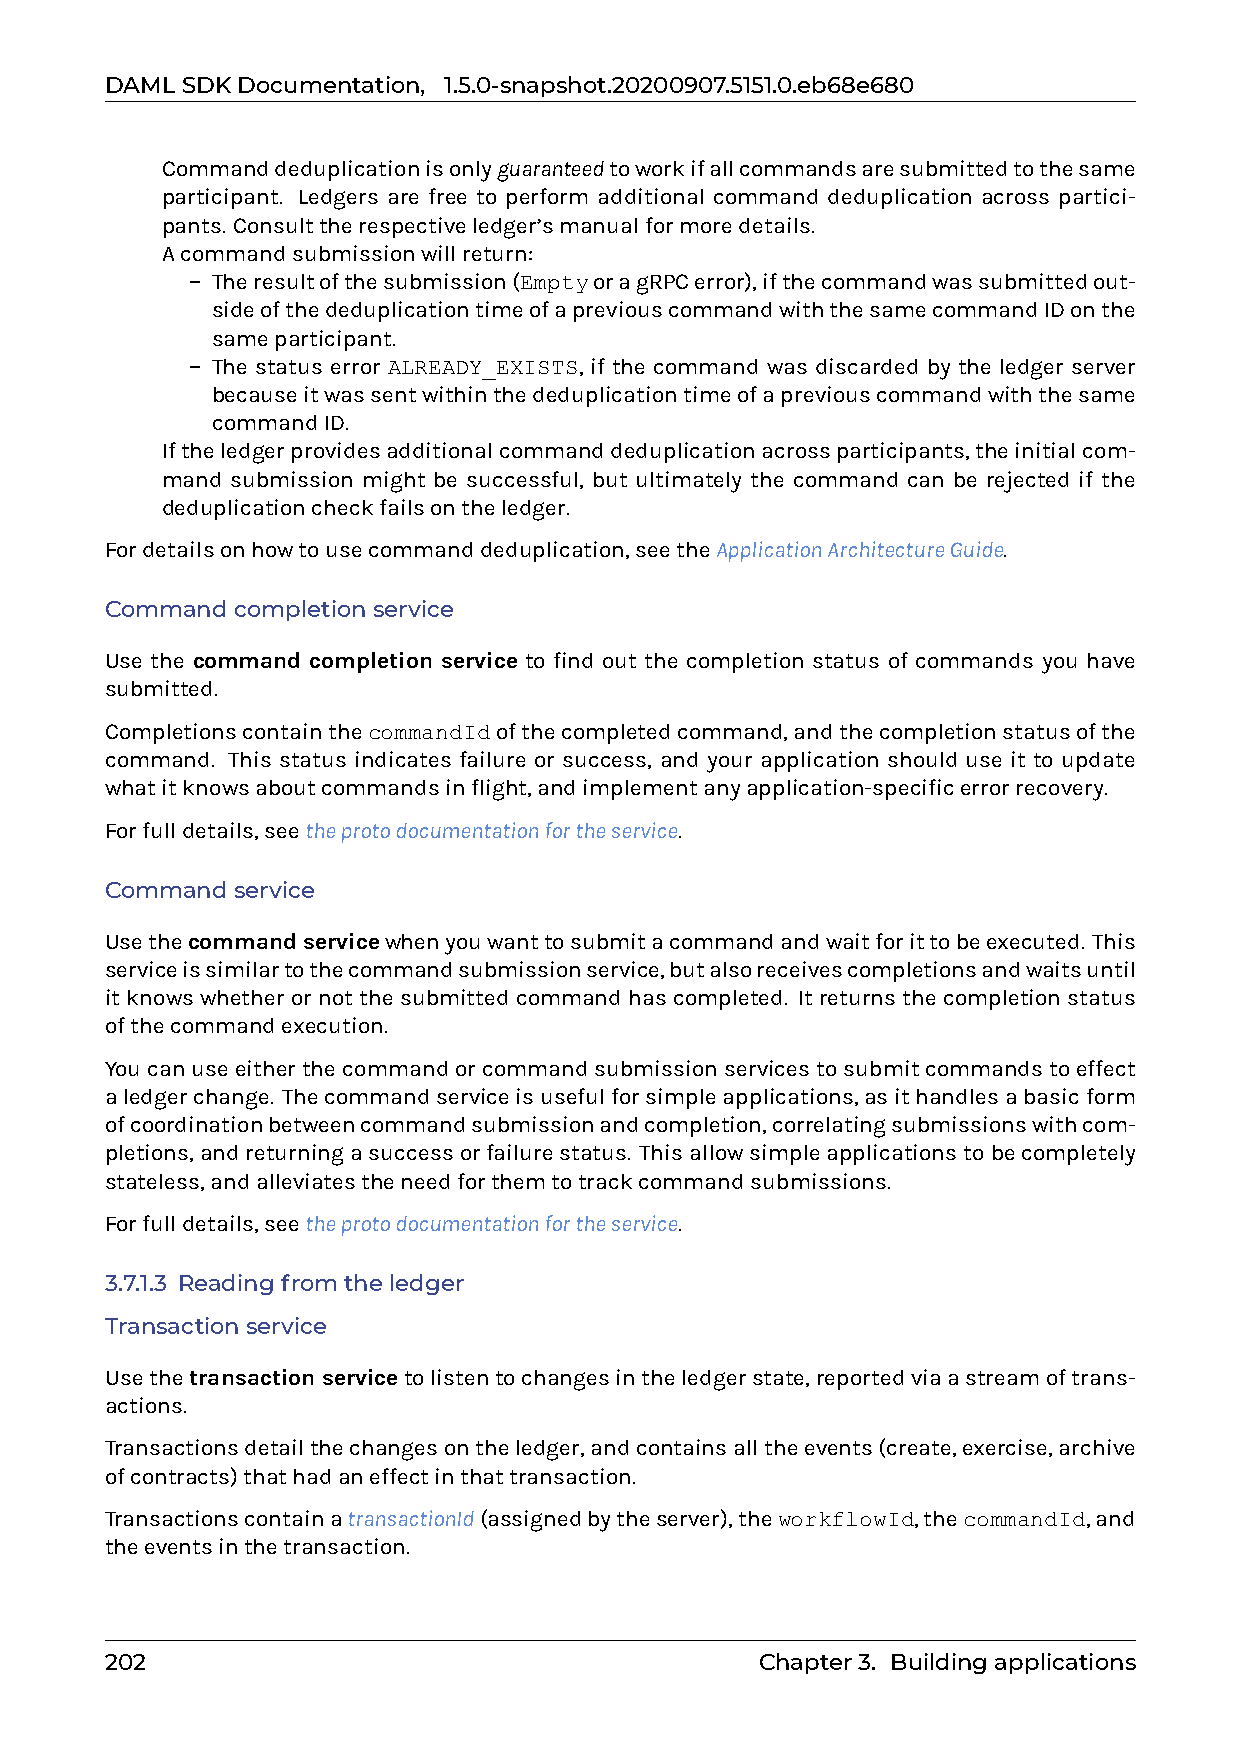
DAMLSDKDocumentation, 1.5.0-snapshot.20200907.5151.0.eb68e680
 0 Commanddeduplicationisonlyguaranteedtoworkifallcommandsaresubmittedtothesame
 participant. Ledgers are free to perform additional command deduplication across partici-
 pants. Consulttherespectiveledger’smanualformoredetails.
 0 Acommandsubmissionwillreturn:
 – Theresultofthesubmission(EmptyoragRPCerror),ifthecommandwassubmittedout-
 sideofthededuplicationtimeofapreviouscommandwiththesamecommandIDonthe
 sameparticipant.
 – The status error ALREADY_EXISTS, if the command was discarded by the ledger server
 becauseitwassentwithinthededuplicationtimeofapreviouscommandwiththesame
 commandID.
 0 Iftheledgerprovidesadditionalcommanddeduplicationacrossparticipants,theinitialcom-
 mand submission might be successful, but ultimately the command can be rejected if the
 deduplicationcheckfailsontheledger.
 Fordetailsonhowtousecommanddeduplication,seetheApplicationArchitectureGuide.
 Commandcompletionservice
 Use the command completion service to find out the completion status of commands you have
 submitted.
 CompletionscontainthecommandIdofthecompletedcommand,andthecompletionstatusofthe
 command. This status indicates failure or success, and your application should use it to update
 whatitknowsaboutcommandsinflight,andimplementanyapplication-specificerrorrecovery.
 Forfulldetails,seetheprotodocumentationfortheservice.
 Commandservice
 Usethecommandservicewhenyouwanttosubmitacommandandwaitforittobeexecuted. This
 serviceissimilartothecommandsubmissionservice,butalsoreceivescompletionsandwaitsuntil
 it knows whether or not the submitted command has completed. It returns the completion status
 ofthecommandexecution.
 Youcanuseeitherthecommandorcommandsubmissionservicestosubmitcommandstoeffect
 aledgerchange. Thecommandserviceisusefulforsimpleapplications,asithandlesabasicform
 ofcoordinationbetweencommandsubmissionandcompletion,correlatingsubmissionswithcom-
 pletions,andreturningasuccessorfailurestatus. Thisallowsimpleapplicationstobecompletely
 stateless,andalleviatestheneedforthemtotrackcommandsubmissions.
 Forfulldetails,seetheprotodocumentationfortheservice.
 3.7.1.3 Readingfromtheledger
 Transactionservice
 Usethetransactionservicetolistentochangesintheledgerstate,reportedviaastreamoftrans-
 actions.
 Transactionsdetailthechangesontheledger,andcontainsalltheevents(create,exercise,archive
 ofcontracts)thathadaneffectinthattransaction.
 TransactionscontainatransactionId(assignedbytheserver),theworkflowId,thecommandId,and
 theeventsinthetransaction.
 202                                        Chapter3. Buildingapplications